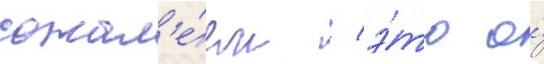
сожал'е́ем / э́то о́